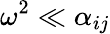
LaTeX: \omega^{2}\ll\alpha_{ij}